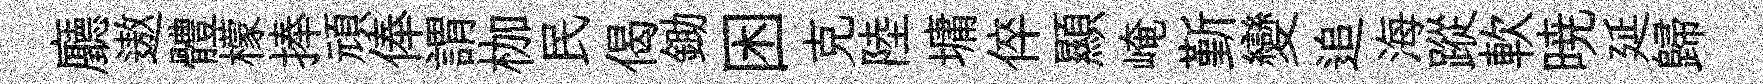
廳遨體檬捧頑俸謂枷民偈鋤困克陸墉倅顯崦斳變追海蹤軟暁延歸